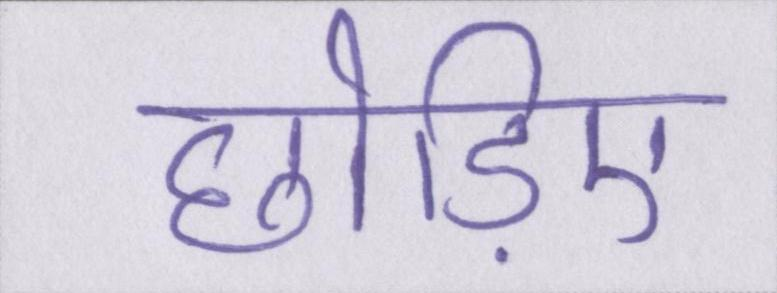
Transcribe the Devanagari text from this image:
छोड़िए